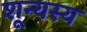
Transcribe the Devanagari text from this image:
शून्यस्य